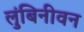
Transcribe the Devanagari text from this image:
लुंबिनीवन